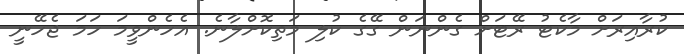
ކުރާއިރަށް މާކެޓު ރޭޓަށް ގެންނަން ގޭގެ ކުލި މަތިކޮށްލާނެ. އެހެންވީމަ ހަމަ ޖެހޭނީ